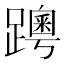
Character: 𨆗